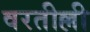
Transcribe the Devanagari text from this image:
वरतील्ली